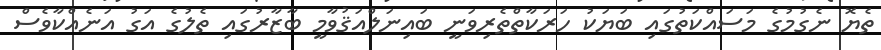
ތެޔޮ ނެގުމުގެ މަސައްކަތުގައި ބަޔަކު ހަރަކާތްތެރިވަނީ ބައިނަލްއަޤުވާމީ ބާޒާރުގައި ތެލުގެ އަގު އަނެއްކާވެސް